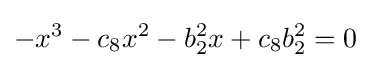
-x^{3}-c_{8}x^{2}-b_{2}^{2}x+c_{8}b_{2}^{2}=0